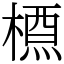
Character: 槱